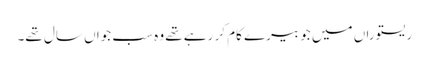
ریستوراں میں جو بیرے کام کر رہے تھے وہ سب جواں سال تھے۔